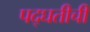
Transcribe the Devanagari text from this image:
पद्घतीची